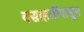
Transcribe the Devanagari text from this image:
वसाहतींपासून